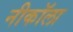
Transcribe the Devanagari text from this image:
नीकॉला